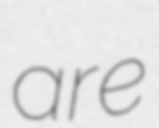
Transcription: are